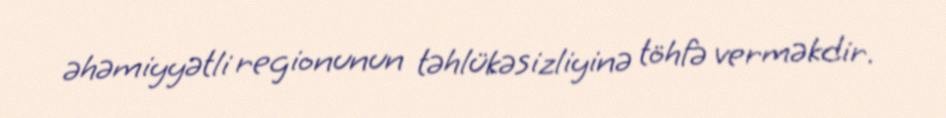
əhəmiyyətli regionunun təhlükəsizliyinə töhfə verməkdir.